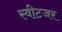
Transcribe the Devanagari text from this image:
स्वीटजर